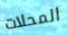
المحلات